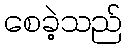
စေခဲ့သည်